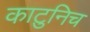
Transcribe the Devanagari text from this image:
काटुनिच